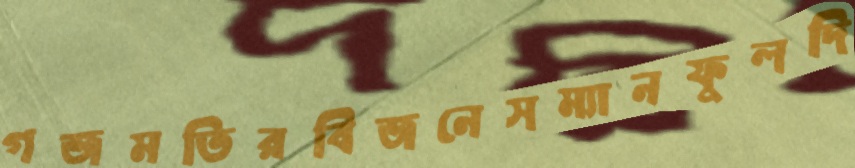
গজমতিরবিজনেসম্যানফুলদি